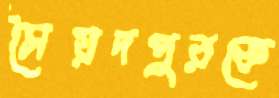
সৈয়দপুরকে